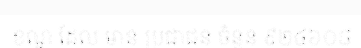
ខណ្ឌ ដែល មាន ប្រជាជន ចំនួន ៩២៤៦០៨